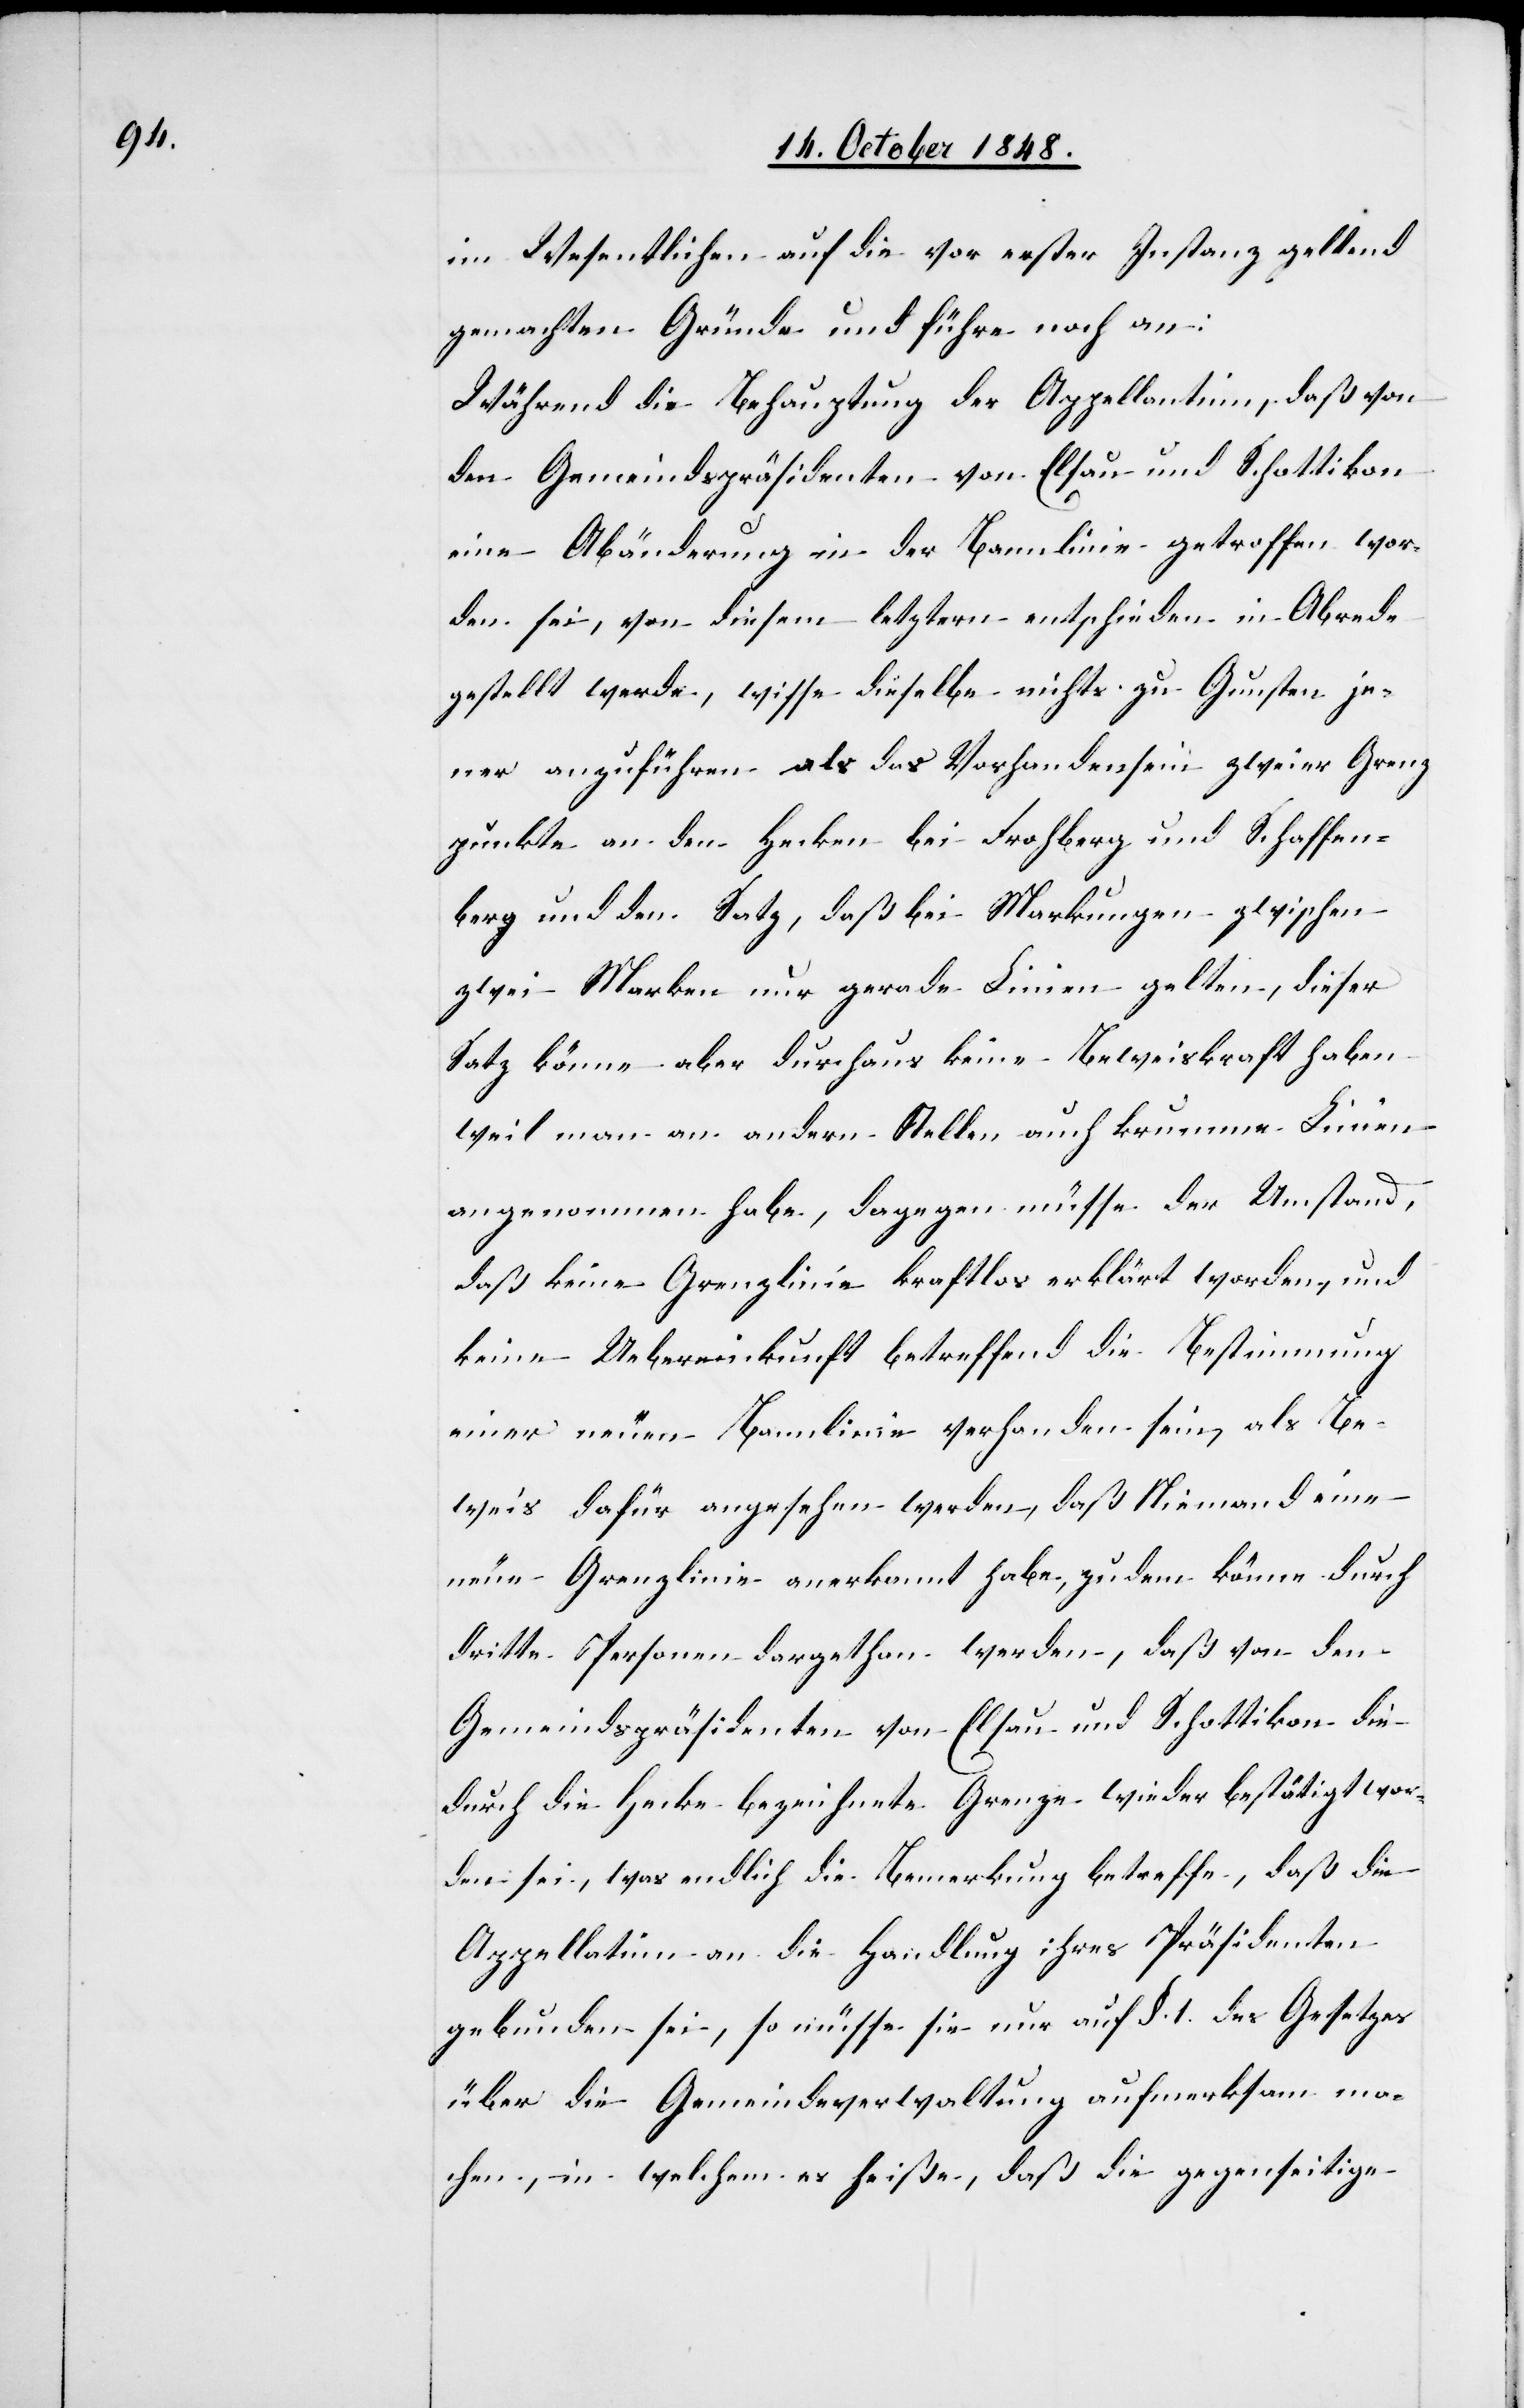
im Wesentlichen auf die vor erster Instanz geltend
gemachten Gründe und führe noch an:
Während die Behauptung der Appellantinn, daß von
den Gemeindspräsidenten von Elsau und Schottikon
eine Abänderung in der Bannlinie getroffen wor¬
den sei, von diesem letztern entschieden in Abrede
gestellt werde, wisse dieselbe nichts zu Gunsten je¬
ner anzuführen als das Vorhandensein zweier Grenz¬
punkte an den Hecken bei Frohberg und Schaffen¬
berg und den Satz, daß bei Markungen zwischen
zwei Marken nur gerade Linien gelten, dieser
Satz könne aber durchaus keine Beweiskraft haben
weil man an andern Stellen auch krumme Linien
angenommen habe, dagegen müsse der Umstand,
daß keine Grenzlinie kraftlos erklärt worden, und
keine Uebereinkunft betreffend die Bestimmung
einer neuen Bannlinie verhanden [sic!] sein, als Be¬
weis dafür angesehen werden, daß Niemand eine
neue Grenzlinie anerkannt habe, zudem könne durch
dritte Personen dargethan werden, daß von den
Gemeindspräsidenten von Elsau und Schottikon die
durch die Hecke bezeichnete Grenze wieder bestätigt wor¬
den sei, was endlich die Bemerkung betreffe, daß die
Appellatinn an die Handlung ihres Präsidenten
gebunden sei, so müsse sie nur auf §. 1. des Gesetzes
über die Gemeindsverwaltung aufmerksam ma¬
chen, in welchem es heiße, daß die gegenseitige